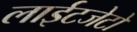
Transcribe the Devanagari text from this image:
लाईटजेटों